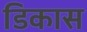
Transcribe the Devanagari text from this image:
डिकास